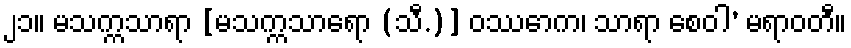
၂၁။ မသက္ကသာရာ [မသက္ကသာရော (သီ.)] ဝဿောက၊ သာရာ စေဝါ’ မရာဝတီ။